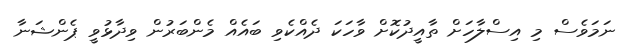
ނަމަވެސް މި އިސްލާހަށް ތާއީދުކޮށް ވާހަކަ ދެއްކެވި ބައެއް މެންބަރުން ވިދާޅުވީ ޕެންޝަނާ